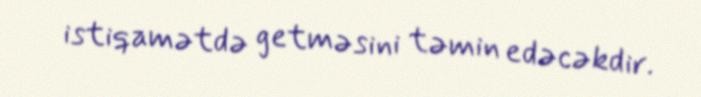
istiqamətdə getməsini təmin edəcəkdir.